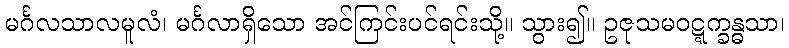
မင်္ဂလသာလမူလံ၊ မင်္ဂလာရှိသော အင်ကြင်းပင်ရင်းသို့။ သွား၍။ ဥဇုသမဝဋ္ဋက္ခန္ဓသာ၊